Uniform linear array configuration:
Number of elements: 12
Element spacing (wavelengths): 0.75
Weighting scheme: exponential
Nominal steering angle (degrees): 0
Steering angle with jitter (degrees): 0.4598
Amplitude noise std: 0.05
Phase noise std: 0.05

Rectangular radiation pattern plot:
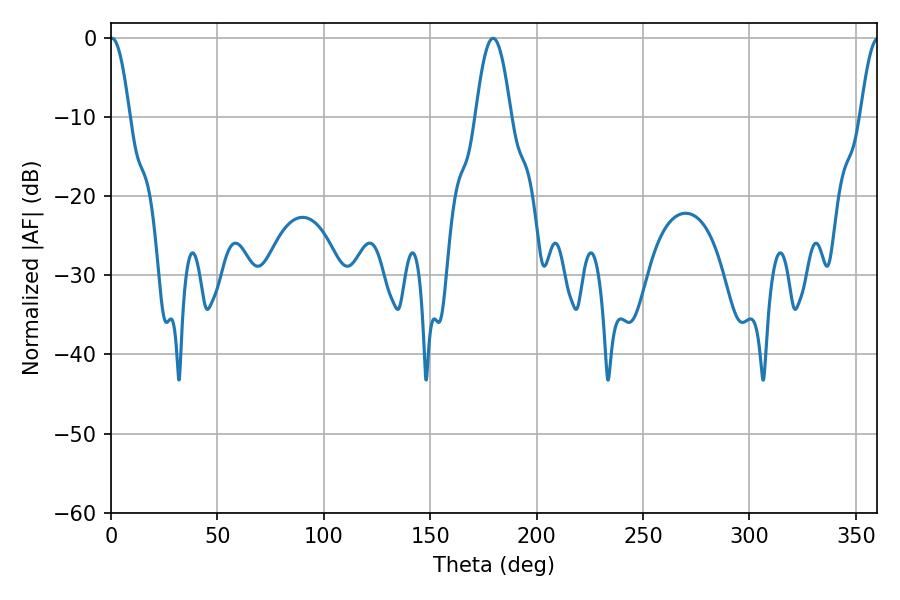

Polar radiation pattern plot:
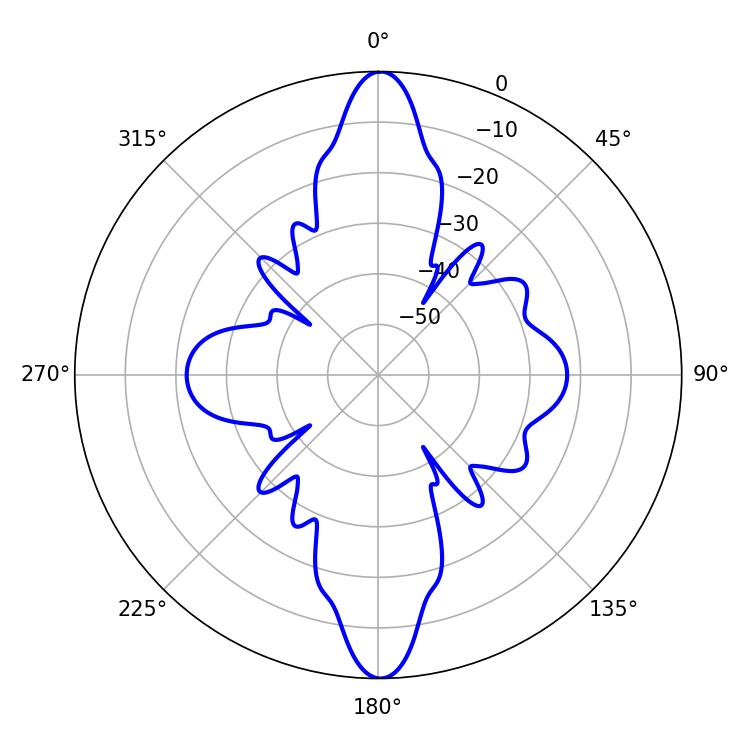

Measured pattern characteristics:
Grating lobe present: TRUE
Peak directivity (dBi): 29.023
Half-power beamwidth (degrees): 4.86
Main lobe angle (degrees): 0.54